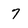
Character: 7